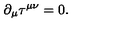
\partial _ { \mu } \tau ^ { \mu \nu } = 0 .